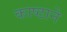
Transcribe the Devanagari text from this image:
काष्ठाने